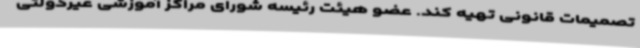
تصمیمات قانونی تهیه کند. عضو هیئت رئیسه شورای مراکز آموزشی غیردولتی